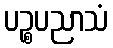
ပဉ္စပညာသံ